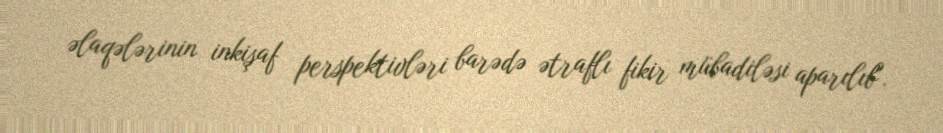
əlaqələrinin inkişaf perspektivləri barədə ətraflı fikir mübadiləsi aparılıb".